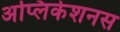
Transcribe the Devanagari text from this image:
अप्लिकेशनस